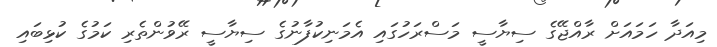
މިއަދާ ހަމައަށް ރާއްޖޭގެ ސިޔާސީ މަސްރަހުގައި އެމަނިކުފާނުގެ ސިޔާސީ ރޭވުންތެރި ކަމުގެ ކުޅިބައި